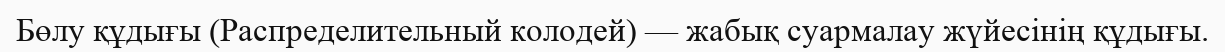
Бөлу құдығы (Распределительный колодей) — жабық суармалау жүйесінің құдығы.